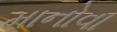
માનોવા